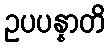
ဥပပန္နာတိ